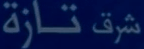
تازة شرق